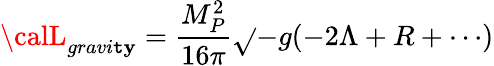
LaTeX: {\calL}_{gravi\mathtt{t}\mathbf{y}}=\frac{{M_{P}^{2}}}{{16\pi}}\sqrt{}{{-g}}(-2\Lambda+R+\cdots)